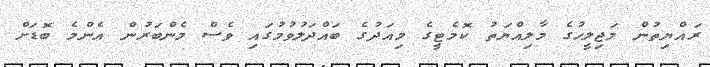
ރައްޔިތުން މަޖިލީހުގެ މާލިއްޔަތު ކޮމެޓީގެ މިއަދުގެ ބައްދަލުވުމުގައި ވެސް މެންބަރުން އެންމެ ބޮޑަށް